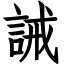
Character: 誡